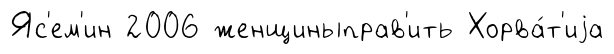
Яс'ем'ин 2006 женщиныправ'ить Хорва́т'иjа